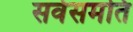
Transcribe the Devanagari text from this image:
सर्वसमति